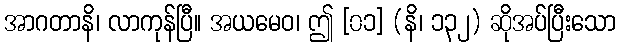
အာဂတာနိ၊ လာကုန်ပြီ။ အယမေဝ၊ ဤ [၀၁] (နိ၊ ၁၃၂) ဆိုအပ်ပြီးသော